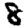
Digit: 8